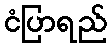
ငံပြာရည်